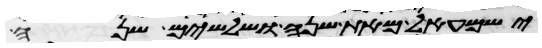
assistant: ישמעאל מאת שנה ושלשים שנה